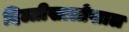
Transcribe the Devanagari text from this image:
दिल्लीखालोखाल